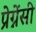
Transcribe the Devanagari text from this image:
प्रेग्नेंसी